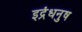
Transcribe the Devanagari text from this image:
इद्रंधनुष